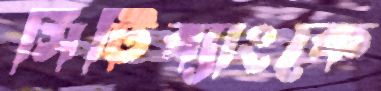
সিটিব্যাংকে